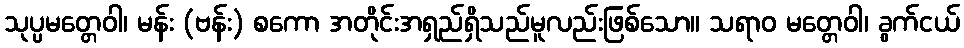
သုပ္ပမတ္တေဝါ၊ မန်း (ဗန်း) စကော အတိုင်းအရှည်ရှိသည်မူလည်းဖြစ်သော။ သရာဝ မတ္တေဝါ၊ ခွက်ငယ်